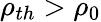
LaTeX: \rho_{th}>\rho_{0}